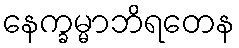
နေက္ခမ္မာဘိရတေန